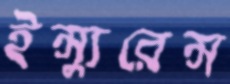
ইন্স্যুরেন্স